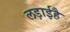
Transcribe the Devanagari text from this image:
लड़ाईहै